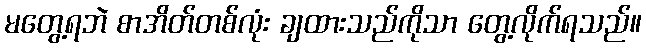
မတွေ့ရဘဲ စာအိတ်တစ်လုံး ချထားသည်ကိုသာ တွေ့လိုက်ရသည်။